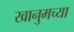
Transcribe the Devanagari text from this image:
खानुमच्या